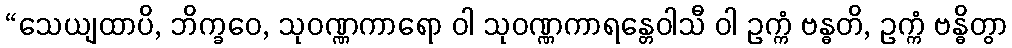
“သေယျထာပိ, ဘိက္ခဝေ, သုဝဏ္ဏကာရော ဝါ သုဝဏ္ဏကာရန္တေဝါသီ ဝါ ဥက္ကံ ဗန္ဓတိ, ဥက္ကံ ဗန္ဓိတွာ